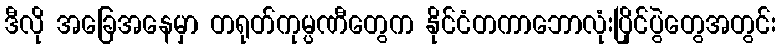
ဒီလို အခြေအနေမှာ တရုတ်ကုမ္ပဏီတွေက နိုင်ငံတကာဘောလုံးပြိုင်ပွဲတွေအတွင်း